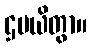
ဌပယိတွာ။